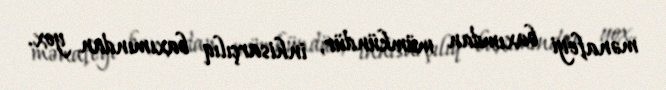
mənafeyi baxımdan mümkündür, inhisarçılıq baxımından yox.